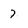
Character: 7